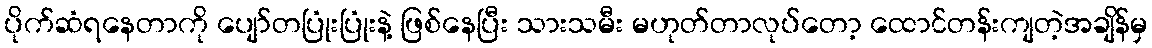
ပိုက်ဆံရနေတာကို ပျော်တပြုံးပြုံးနဲ့ ဖြစ်နေပြီး သားသမီး မဟုတ်တာလုပ်တော့ ထောင်တန်းကျတဲ့အချိန်မှ